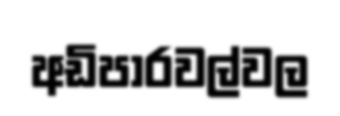
අඩිපාරවල්වල